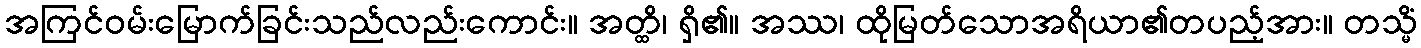
အကြင်ဝမ်းမြောက်ခြင်းသည်လည်းကောင်း။ အတ္ထိ၊ ရှိ၏။ အဿ၊ ထိုမြတ်သောအရိယာ၏တပည့်အား။ တသ္မိံ